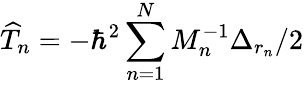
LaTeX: \widehat T_{n}=-{\hbar^{2}}\sum_{n=1}^{N}M_{n}^{-1}\Delta_{r_{n}}/2